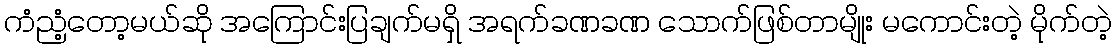
ကံညံ့တော့မယ်ဆို အကြောင်းပြချက်မရှိ အရက်ခဏခဏ သောက်ဖြစ်တာမျိုး မကောင်းတဲ့ မိုက်တဲ့